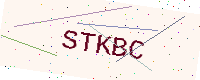
Text: STKBC